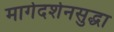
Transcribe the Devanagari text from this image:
मार्गदर्शनसुद्धा